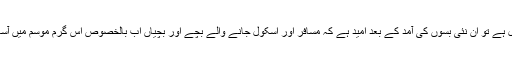
ایئر کنڈیشنر کے بغیر سفر کرنے کا تصور ہی محال ہے تو ان نئی بسوں کی آمد کے بعد امید ہے کہ مسافر اور اسکول جانے والے بچے اور بچیاں اب بالخصوص اس گرم موسم میں آسانی اور آرام کے ساتھ اپنی منزل تک پہنچ پائیں گے۔